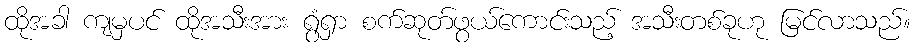
ထိုအခါ ကျမှပင် ထိုအသီးအား ရွံရှာ စက်ဆုတ်ဖွယ်ကောင်းသည့် အသီးတစ်ခုဟု မြင်လာသည်။